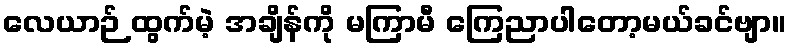
လေယာဉ် ထွက်မဲ့ အချိန်ကို မကြာမီ ကြေညာပါတော့မယ်ခင်ဗျာ။